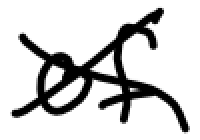
Text: of
Cross-out: cross
Writing tool: digital_black